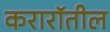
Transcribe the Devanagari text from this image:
करारॉतील